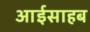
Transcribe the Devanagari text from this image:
आईसाहब